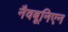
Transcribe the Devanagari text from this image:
नैवबूनिएन